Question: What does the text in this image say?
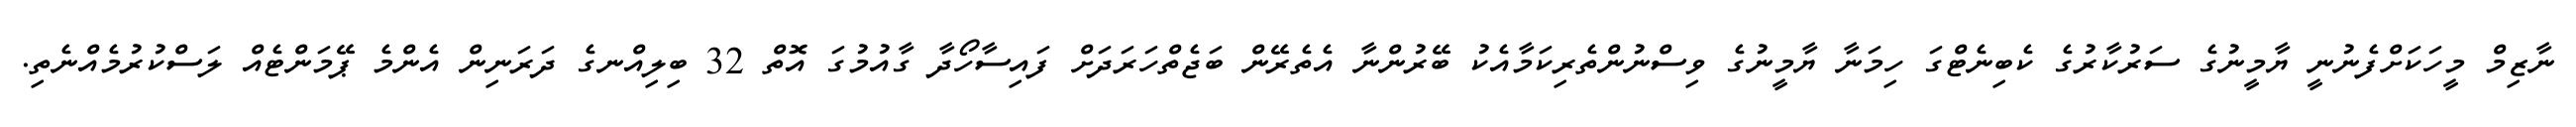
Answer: ނާޒިމް މީހަކަށްފެނުނީ ޔާމީނުގެ ސަރުކާރުގެ ކެބިނެޓްގަ ހިމަނާ ޔާމީނުގެ ވިސްނުންތެރިކަމާއެކު ބޭރުންނާ އެތެރޭން ބަޖެތްހަރަދަށް ފައިސާހޯދާ ގާއުމުގަ އޮތް 32 ބިލިއްނގެ ދަރަނިން އެންމެ ޕޭމަންޓެއް ލަސްކުރުމެއްނެތި.